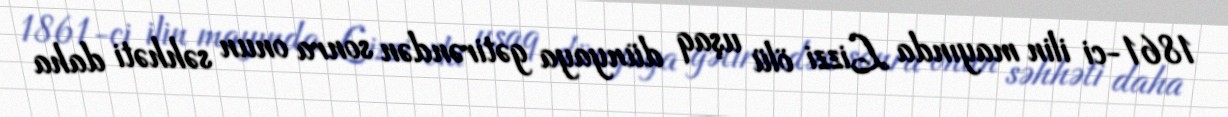
1861-ci ilin mayında Lizzi ölü uşaq dünyaya gətirəndən sonra onun səhhəti daha